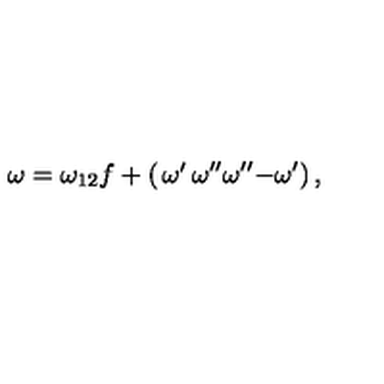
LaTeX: \omega = \omega _ { 1 2 } f + \left( \begin{matrix} { \omega ^ { \prime } } & { \omega ^ { \prime \prime } } \\ { \omega ^ { \prime \prime } } & { - \omega ^ { \prime } } \\ \end{matrix} \right) ,